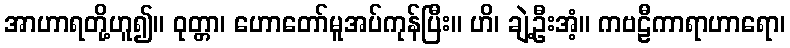
အာဟာရတို့ဟူ၍။ ဝုတ္တာ၊ ဟောတော်မူအပ်ကုန်ပြီး။ ဟိ၊ ချဲ့ဦးအံ့။ ကဗဠီကာရာဟာရော၊